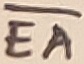
Text: EA